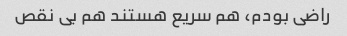
راضی بودم، هم سریع هستند هم بی نقص